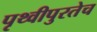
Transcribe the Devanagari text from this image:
पृथ्वीपुरतेच